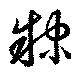
隷